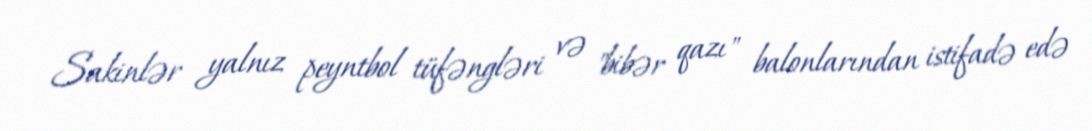
Sakinlər yalnız peyntbol tüfəngləri və "bibər qazı" balonlarından istifadə edə